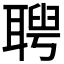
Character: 𦖳